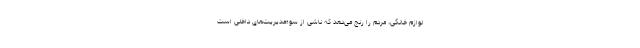
لوازم خانگی، مردم را رنج می‌دهد که ناشی از سوءمدیریت‌های داخلی است